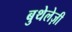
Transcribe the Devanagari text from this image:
बुथेलेज़ी